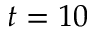
t = 1 0